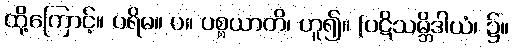
ထို့ကြောင့်။ ပရိမ။ ပ။ ပစ္စယာတိ၊ ဟူ၍။ (ပဋိသမ္ဘိဒါယံ၊ ၌။